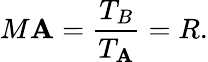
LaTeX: M\mathbf{A}={\frac{{T_{B}}}{{T_{\mathbf{A}}}}}=R.